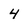
Character: 4